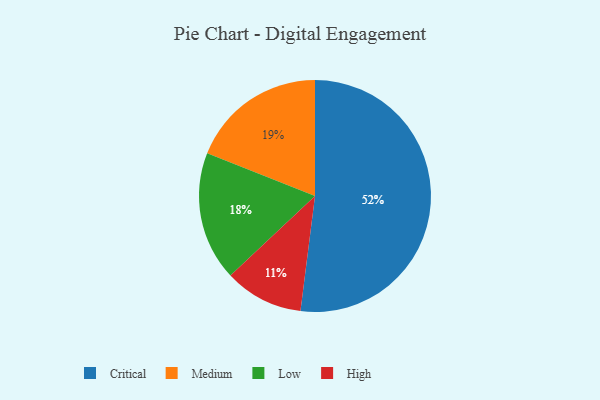
{"axis": {"x": "Category", "y": "Percentage"}, "legend": ["Critical", "High", "Low", "Medium"], "data": [{"x": "Low", "y": 18, "type": "Low"}, {"x": "Critical", "y": 52, "type": "Critical"}, {"x": "High", "y": 11, "type": "High"}, {"x": "Medium", "y": 19, "type": "Medium"}]}